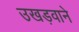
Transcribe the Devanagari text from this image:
उखड़वाने